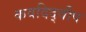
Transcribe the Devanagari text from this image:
कवदिद्वीप